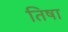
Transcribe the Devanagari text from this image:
तिषा